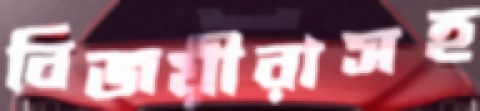
বিজয়ীরাসহ